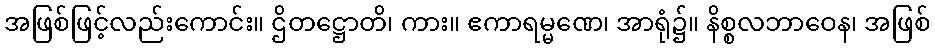
အဖြစ်ဖြင့်လည်းကောင်း။ ဌိတဋ္ဌောတိ၊ ကား။ ဧကာရမ္မဏေ၊ အာရုံ၌။ နိစ္စလဘာဝေန၊ အဖြစ်